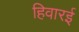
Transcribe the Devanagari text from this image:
हिवारई